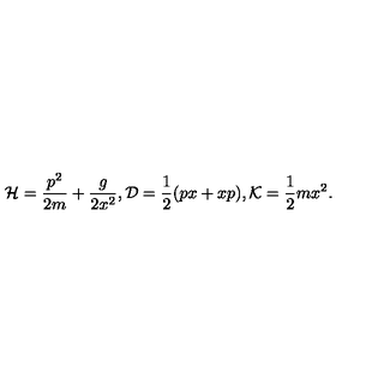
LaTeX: { \cal H } = { \frac { p ^ { 2 } } { 2 m } } + { \frac { g } { 2 x ^ { 2 } } } , { \cal D } = { \frac { 1 } { 2 } } ( p x + x p ) , { \cal K } = { \frac { 1 } { 2 } } m x ^ { 2 } .